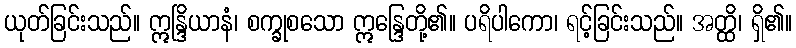
ယုတ်ခြင်းသည်။ ဣန္ဒြိယာနံ၊ စက္ခုစသော ဣန္ဒြေတို့၏။ ပရိပါကော၊ ရင့်ခြင်းသည်။ အတ္ထိ၊ ရှိ၏။